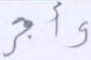
وأجر